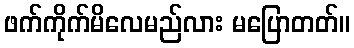
ဖက်ကိုက်မိလေမည်လား မပြောတတ်။